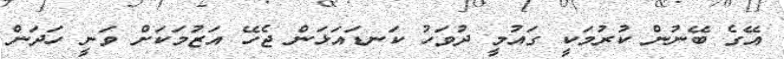
އޭގެ ބޭނުން ކުރުމަކީ ގައުމީ ދުވަހު ކަނޑައަޅަން ޖެހޭ އަޒުމަކަށް ވަނީ ހަދަން